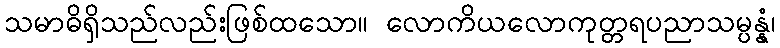
သမာဓိရှိသည်လည်းဖြစ်ထသော။ လောကိယလောကုတ္တရပညာသမ္ပန္နံ၊